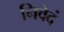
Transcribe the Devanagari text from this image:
निवेदं